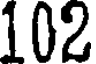
102